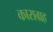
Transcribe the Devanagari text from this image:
काराग्रह